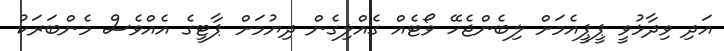
އަދި ވިދާޅުވީ ޕީޕީއެމަށް ލިބެންޖެހޭ ވޯޓެއް ގެއްލިގެން ދިޔުމަށް ޕާޓީގެ އެއްވެސް މެންބަރަކު